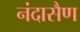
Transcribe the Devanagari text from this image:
नंदासैण